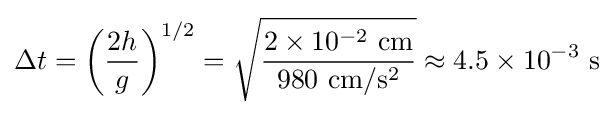
\Delta t=\left({\frac {2h}{g}}\right)^{1/2}={\sqrt {\frac {2\times 10^{-2}{\text{ cm}}}{980{\text{ cm}}/{\text{s}}^{2}}}}\approx 4.5\times 10^{-3}{\text{ s}}